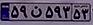
۵۹ن۵۹۳۵۳